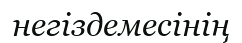
негіздемесінің